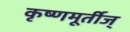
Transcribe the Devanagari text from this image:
कृष्णमूर्तीज्‌